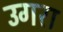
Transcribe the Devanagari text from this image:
उगरा